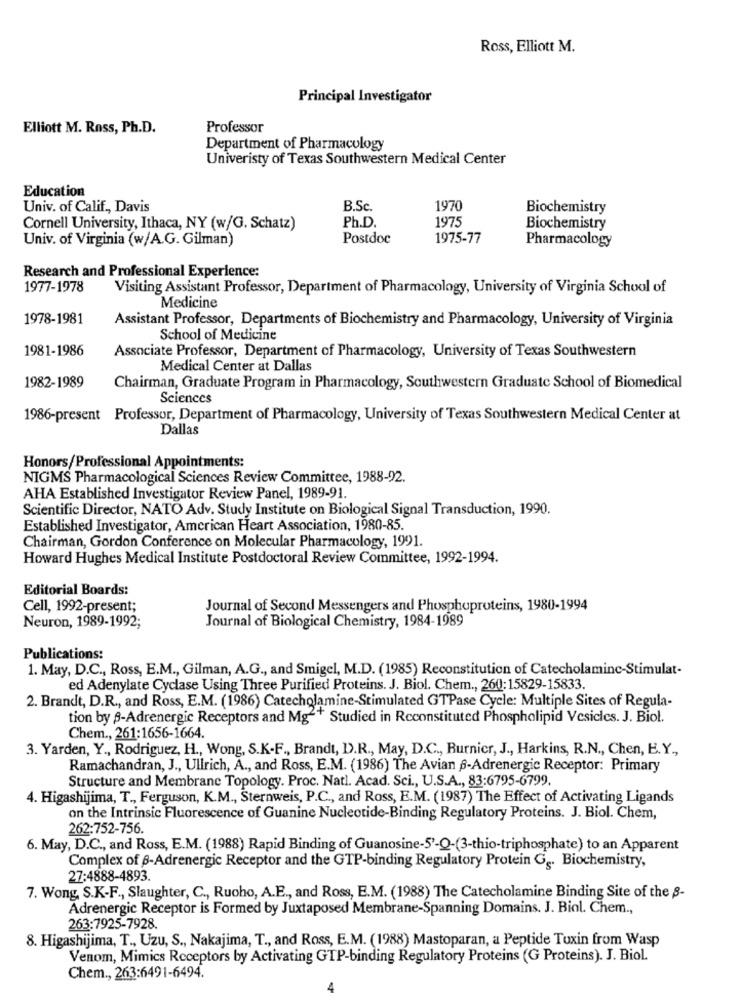
Ross, Elliott M.
Principal Investigator
Elliott M. Ross, Ph.D.
Professor
Department of Pharmacology
Univeristy of Texas Southwestern Medical Center
Education
Univ. of Calif ., Davis
B.Sc.
1970
Biochemistry
1975
Cornell University, Ithaca, NY (w/G. Schatz)
Ph.D.
Biochemistry
Univ. of Virginia (w/A.G. Gilman)
Postdoc
1975-77
Pharmacology
Research and Professional Experience:
1977-1978
Visiting Assistant Professor, Department of Pharmacology, University of Virginia School of
Medicine
1978-1981
Assistant Professor, Departments of Biochemistry and Pharmacology, University of Virginia
School of Medicine
1981-1986
Associate Professor, Department of Pharmacology, University of Texas Southwestern
Medical Center at Dallas
1982-1989
Chairman, Graduate Program in Pharmacology, Southwestern Graduate School of Biomedical
Sciences
1986-present Professor, Department of Pharmacology, University of Texas Southwestern Medical Center at
Dallas
Honors/Professional Appointments:
NIGMS Pharmacological Sciences Review Committee, 1988-92.
AHA Established Investigator Review Panel, 1989-91.
Scientific Director, NATO Adv. Study Institute on Biological Signal Transduction, 1990.
Established Investigator, American Heart Association, 1980-85.
Chairman, Gordon Conference on Molecular Pharmacology, 1991.
Howard Hughes Medical Institute Postdoctoral Review Committee, 1992-1994.
Editorial Boards:
Cell, 1992-present;
Journal of Second Messengers and Phosphoproteins, 1980-1994
Journal of Biological Chemistry, 1984-1989
Neuron, 1989-1992;
Publications:
1. May, D.C ., Ross, E.M ., Gilman, A.G ., and Smigel, M.D. (1985) Reconstitution of Catecholaminc-Stimulat-
ed Adenylate Cyclase Using Three Purified Proteins. J. Biol. Chem ., 260: 15829-15833.
2. Brandt, D.R ., and Ross, E.M. (1986) Catecholamine-Stimulated GTPase Cycle: Multiple Sites of Regula-
tion by -Adrenergic Receptors and Mg-+ Studied in Reconstituted Phospholipid Vesicles. J. Biol.
Chem ., 261:1656-1664.
3. Yarden, Y ., Rodriguez, H ., Wong, S.K.F ., Brandt, D.R ., May, D.C ., Burnier, J ., Harkins, R.N ., Chen, E.Y .,
Ramachandran, J ., Ullrich, A ., and Ross, E.M. (1986) The Avian -Adrenergic Receptor: Primary
Structure and Membrane Topology. Proc. Natl. Acad. Sci ., U.S.A ., 83:6795-6799.
4. Higashijima, T ., Ferguson, K.M ., Sternweis, P.C ., and Ross, E.M. (1987) The Effect of Activating Ligands
on the Intrinsic Fluorescence of Guanine Nucleotide-Binding Regulatory Proteins. J. Biol. Chem,
262:752-756.
6. May, D.C ., and Ross, E.M. (1988) Rapid Binding of Guanosine-5'-Q-(3-thio-triphosphate) to an Apparent
Complex of 6-Adrenergic Receptor and the GTP-binding Regulatory Protein G. Biochemistry,
27:4888-4893.
7. Wong, S.K-F ., Slaughter, C ., Rucho, A.E ., and Ross, E.M. (1988) The Catecholamine Binding Site of the 8-
Adrenergic Receptor is Formed by Juxtaposed Membrane-Spanning Domains. J. Biol. Chem .,
263:7925-7928.
8. Higashijima, T ., Uzu, S ., Nakajima, T ., and Ross, E.M. (1988) Mastoparan, a Peptide Toxin from Wasp
Venom, Mimics Receptors by Activating GTP-binding Regulatory Proteins (G Proteins). J. Biol.
Chem ., 263:6491-6494.